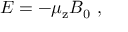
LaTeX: E = - \mu _ { \mathrm { z } } B _ { 0 } \ ,